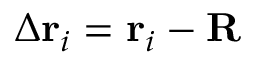
\Delta \mathbf { r } _ { i } = \mathbf { r } _ { i } - \mathbf { R }